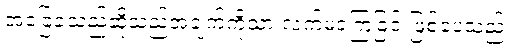
အခြေခံသည်ဆိုသည့်အချက်ကိုသာ လက်မခံကြခြင်းဖြစ်ပေသည်။